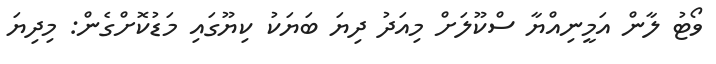
ވޯޓު ލާން އަމީނިއްޔާ ސްކޫލަށް މިއަދު ދިޔަ ބަޔަކު ކިޔޫގައި މަޑުކޮށްގެން: މިދިޔަ